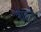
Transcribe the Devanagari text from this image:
शहने